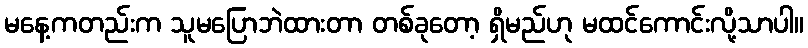
မနေ့ကတည်းက သူမပြောဘဲထားတာ တစ်ခုတော့ ရှိမည်ဟု မထင်ကောင်းလို့သာပါ။